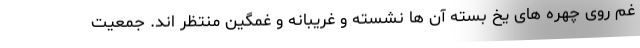
غم روی چهره های یخ بسته آن ها نشسته و غریبانه و غمگین منتظر اند. جمعیت